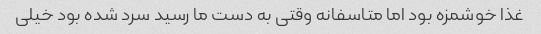
غذا خوشمزه بود اما متاسفانه وقتی به دست ما رسید سرد شده بود خیلی